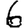
Digit: 6